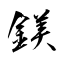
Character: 鎂